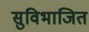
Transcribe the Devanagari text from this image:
सुविभाजित